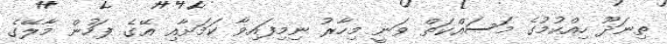
ތިނަދޫ ހިއްކުމުގެ މަސައްކަތް ވަނީ މިހާރު ނިމިފައިވާ ކަމަށާއި އޭގެ ފަހުން މާލޭގެ